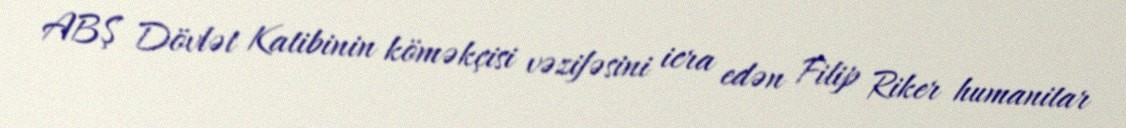
ABŞ Dövlət Katibinin köməkçisi vəzifəsini icra edən Filip Riker humanitar